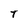
Character: T